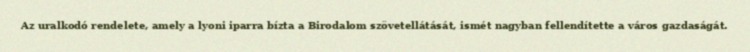
Az uralkodó rendelete, amely a lyoni iparra bízta a Birodalom szövetellátását, ismét nagyban fellendítette a város gazdaságát.